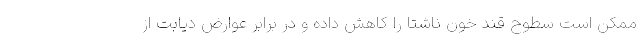
ممکن است سطوح قند خون ناشتا را کاهش داده و در برابر عوارض دیابت از